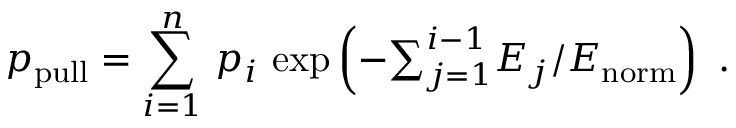
p _ { \mathrm { p u l l } } = \sum _ { i = 1 } ^ { n } \, p _ { i } \, \exp \left( - { \textstyle \sum } _ { j = 1 } ^ { i - 1 } E _ { j } / E _ { \mathrm { n o r m } } \right) ~ .